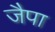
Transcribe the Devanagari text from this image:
जैपा